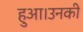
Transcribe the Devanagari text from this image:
हुआ।उनकी